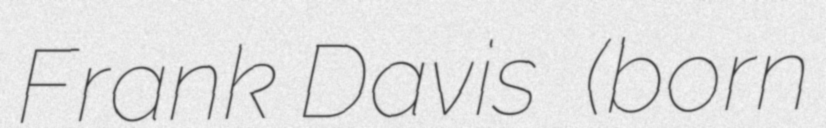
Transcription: Frank Davis  (born